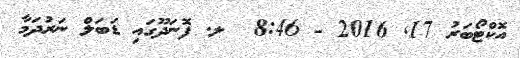
އޮކްޓޯބަރު 17